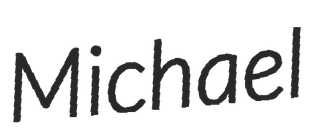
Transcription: Michael